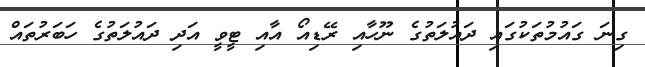
ގިނަ ގައުމުތަކުގައި ދައުލަތުގެ ނޫހާއި ރޭޑިއޯ އާއި ޓީވީ އަދި ދައުލަތުގެ ހަބަރުތައް